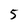
Character: 5